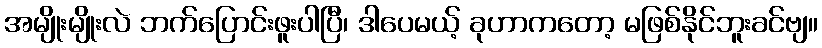
အမျိုးမျိုးလဲ ဘက်ပြောင်းဖူးပါပြီ၊ ဒါပေမယ့် ခုဟာကတော့ မဖြစ်နိုင်ဘူးခင်ဗျ။